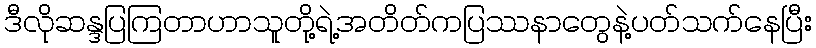
ဒီလိုဆန္ဒပြကြတာဟာသူတို့ရဲ့အတိတ်ကပြဿနာတွေနဲ့ပတ်သက်နေပြီး